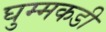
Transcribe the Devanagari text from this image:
घुम्मकडी